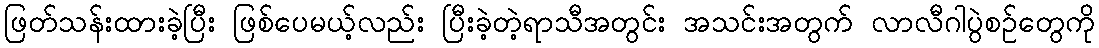
ဖြတ်သန်းထားခဲ့ပြီး ဖြစ်ပေမယ့်လည်း ပြီးခဲ့တဲ့ရာသီအတွင်း အသင်းအတွက် လာလီဂါပွဲစဉ်တွေကို